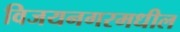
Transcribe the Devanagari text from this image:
विजयनगरमधील